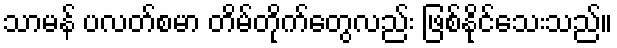
သာမန် ပလတ်စမာ တိမ်တိုက်တွေလည်း ဖြစ်နိုင်သေးသည်။